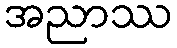
အညာဿ